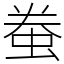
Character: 䖭